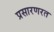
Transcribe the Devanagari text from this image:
प्रसारणरत